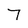
Character: 7